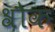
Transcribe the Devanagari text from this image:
श्रौक